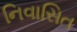
નિવાસિત